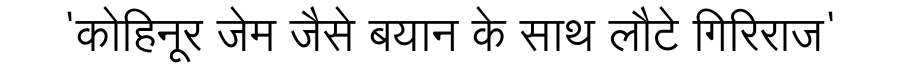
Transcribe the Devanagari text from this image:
'कोहिनूर जेम जैसे बयान के साथ लौटे गिरिराज'